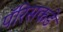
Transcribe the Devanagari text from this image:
पॅरिसकडे